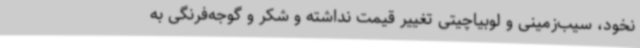
نخود، سیب‌زمینی و لوبیاچیتی تغییر قیمت نداشته و شکر و گوجه‌فرنگی به